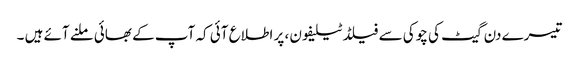
تیسرے دن گیٹ کی چوکی سے فیلڈ ٹیلیفون ، پر اطلاع آئی کہ آپ کے بھائی ملنے آئے ہیں ۔